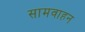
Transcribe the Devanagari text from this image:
सामवाहन